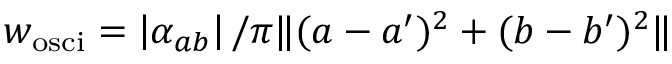
w _ { \mathrm { o s c i } } = \left| \alpha _ { a b } \right| / \pi \| ( a - a ^ { \prime } ) ^ { 2 } + ( b - b ^ { \prime } ) ^ { 2 } \|